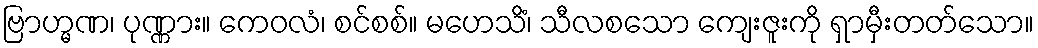
ဗြာဟ္မဏ၊ ပုဏ္ဏား။ ကေဝလံ၊ စင်စစ်။ မဟေသိံ၊ သီလစသော ကျေးဇူးကို ရှာမှီးတတ်သော။